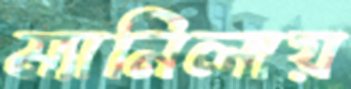
ম্যানিলায়